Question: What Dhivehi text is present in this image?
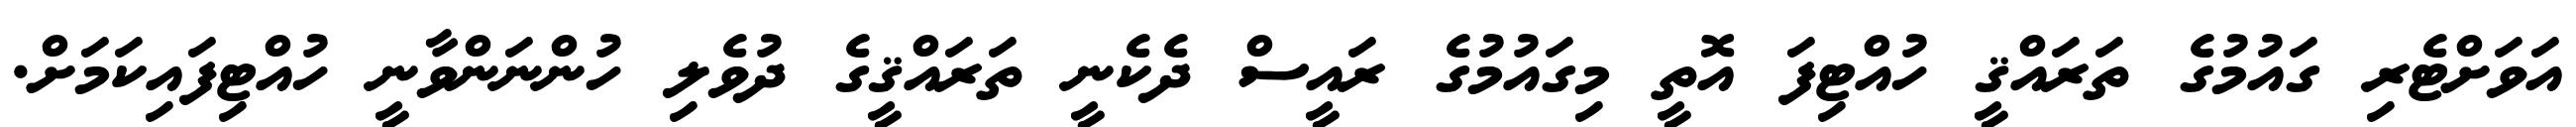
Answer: އަވަށްޓެރި ގައުމުގެ ތަރައްޤީ ހުއްޓިފަ އޮތީ މިގައުމުގެ ރައީސް ދެކެނީ ތަރައްޤީގެ ދުވެލި ހުންނަންވާނީ ހުއްޓިފައިކަމަށް.